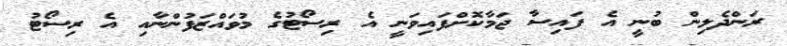
ރަންދެލިން ބުނީ އެ ފައިސާ ޖަމާކޮށްފައިވަނީ އެ ރިސޯޓުގެ މުވައްޒަފުންނާއި އެ ރިސޯޓު